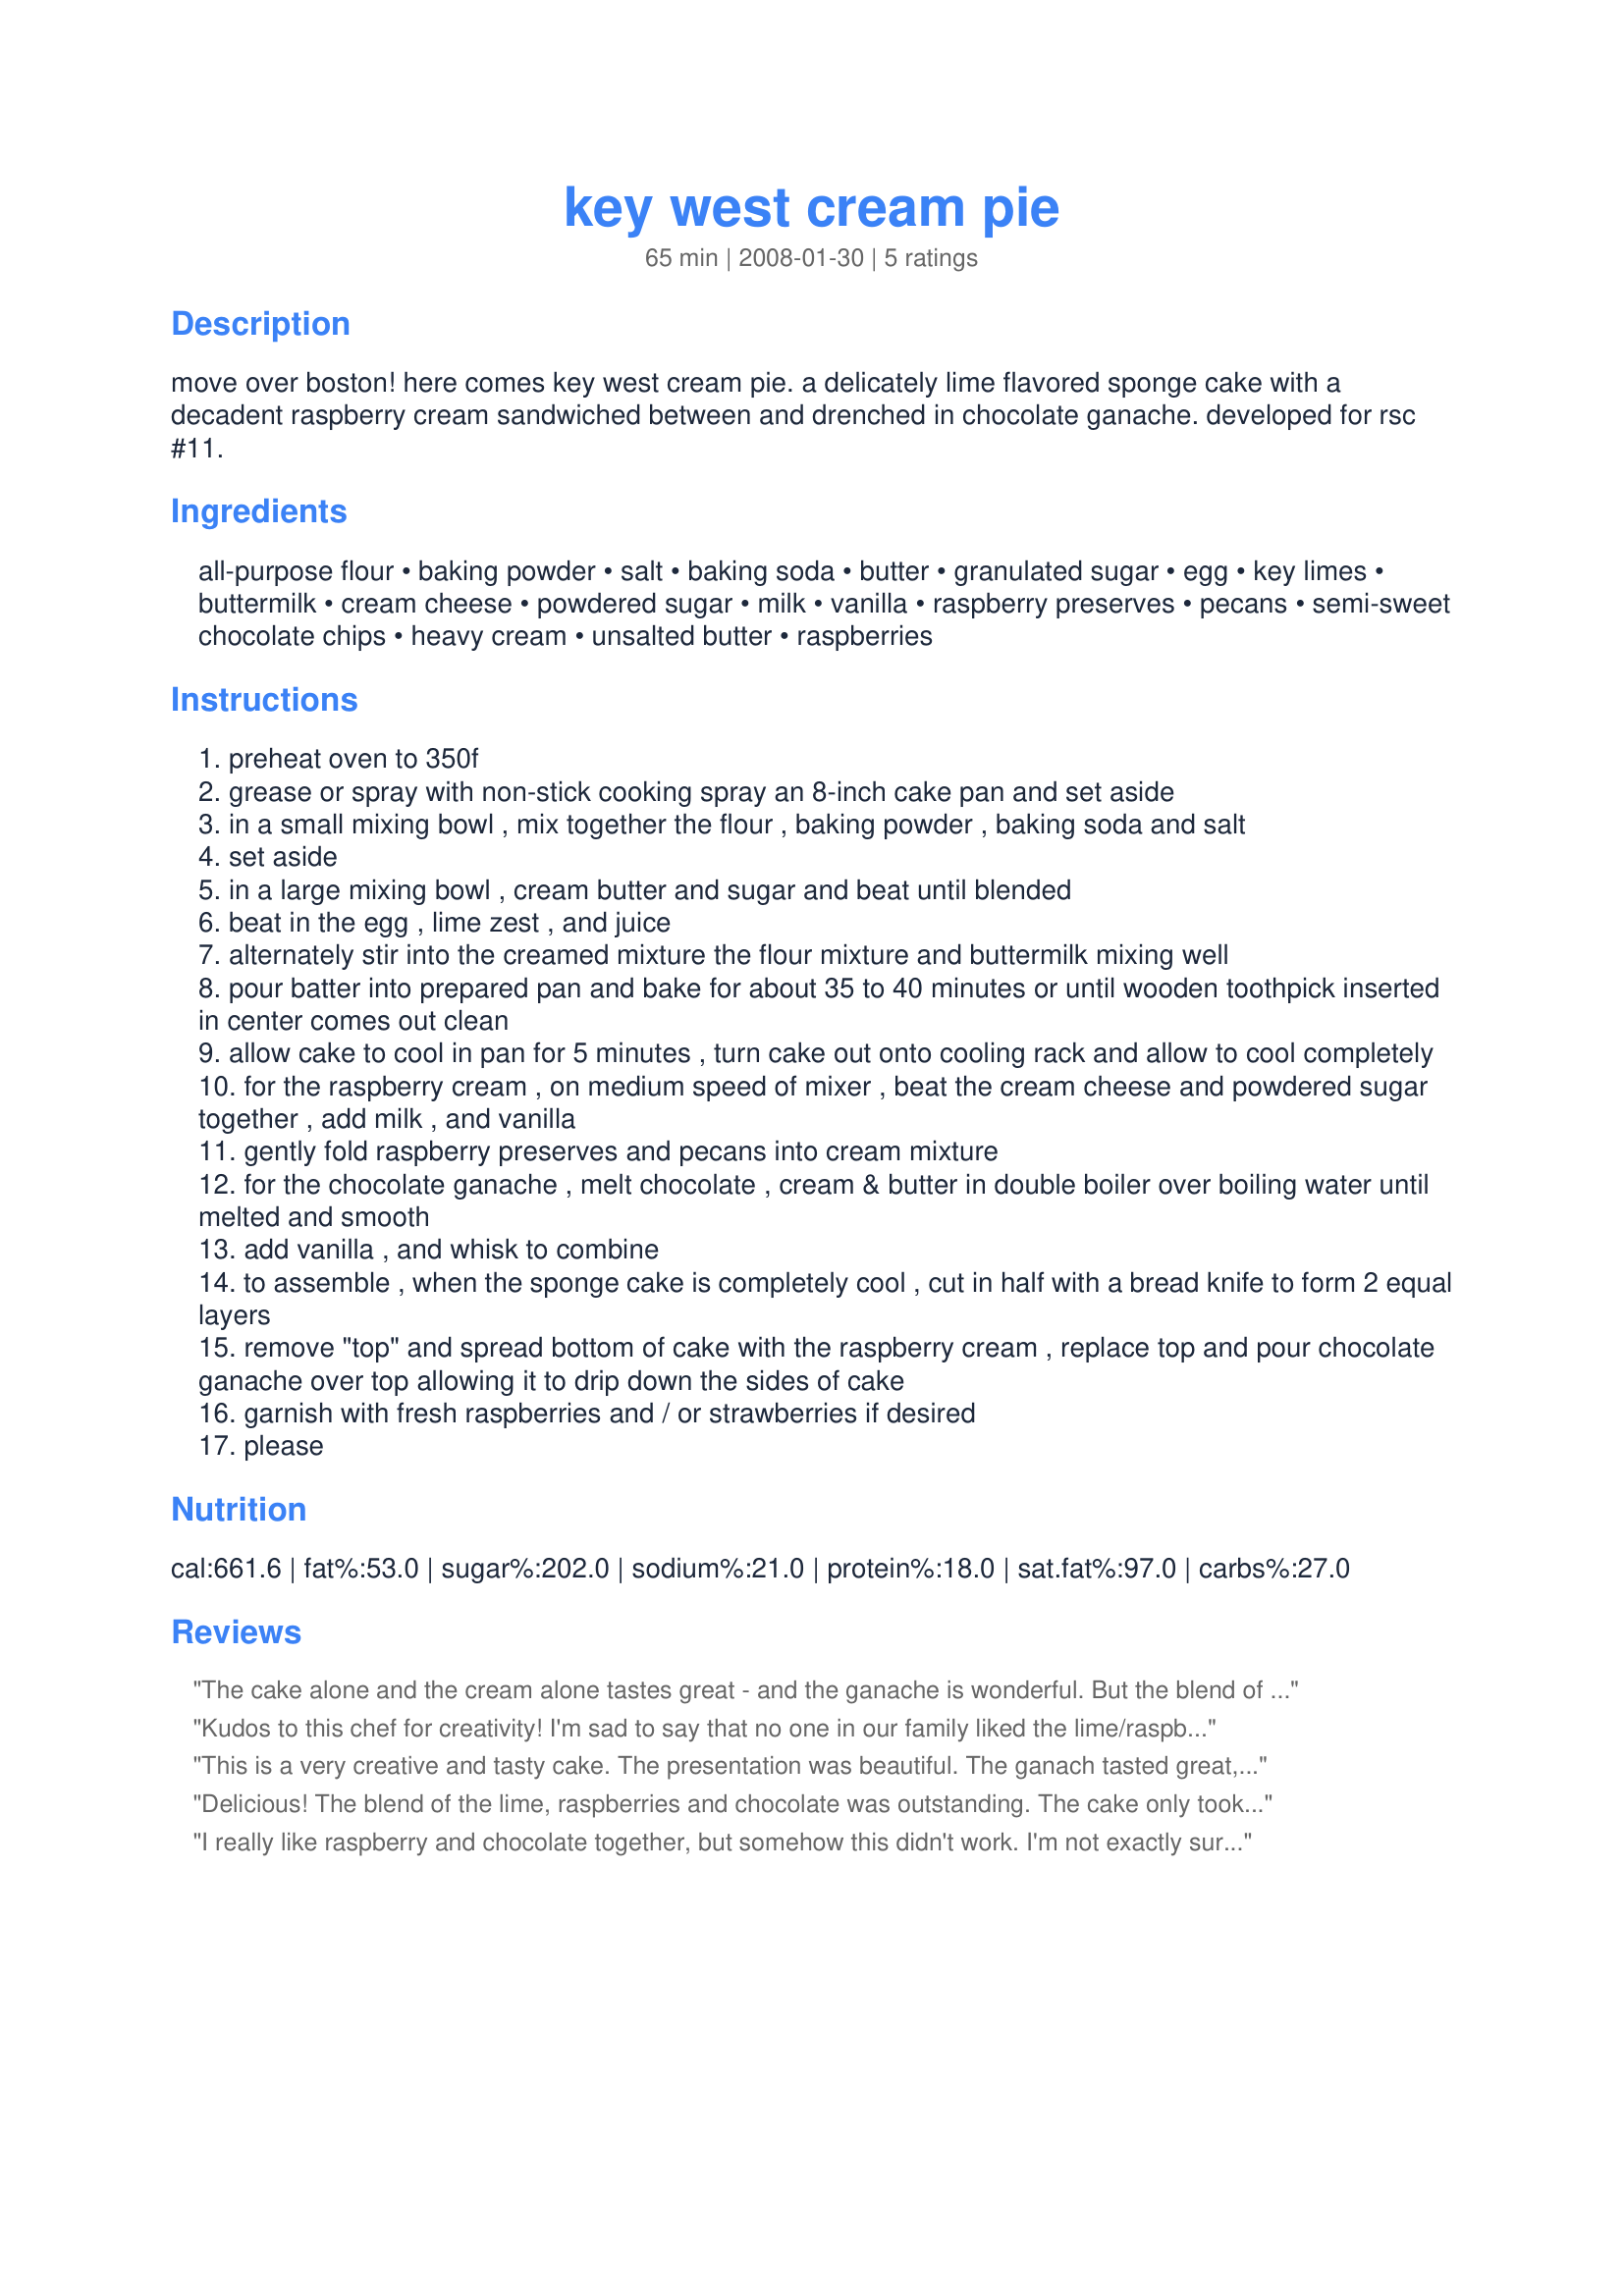
key west cream pie
Preparation time: 65 minutes

move over boston! here comes key west cream pie. a delicately lime flavored sponge cake with a decadent raspberry cream sandwiched between and drenched in chocolate ganache. developed for rsc #11.

Ingredients:
all-purpose flour, baking powder, salt, baking soda, butter, granulated sugar, egg, key limes, buttermilk, cream cheese, powdered sugar, milk, vanilla, raspberry preserves, pecans, semi-sweet chocolate chips, heavy cream, unsalted butter, raspberries

Steps:
preheat oven to 350f
grease or spray with non-stick cooking spray an 8-inch cake pan and set aside
in a small mixing bowl , mix together the flour , baking powder , baking soda and salt
set aside
in a large mixing bowl , cream butter and sugar and beat until blended
beat in the egg , lime zest , and juice
alternately stir into the creamed mixture the flour mixture and buttermilk mixing well
pour batter into prepared pan and bake for about 35 to 40 minutes or until wooden toothpick inserted in center comes out clean
allow cake to cool in pan for 5 minutes , turn cake out onto cooling rack and allow to cool completely
for the raspberry cream , on medium speed of mixer , beat the cream cheese and powdered sugar together , add milk , and vanilla
gently fold raspberry preserves and pecans into cream mixture
for the chocolate ganache , melt chocolate , cream & butter in double boiler over boiling water until melted and smooth
add vanilla , and whisk to combine
to assemble , when the sponge cake is completely cool , cut in half with a bread knife to form 2 equal layers
remove "top" and spread bottom of cake with the raspberry cream , replace top and pour chocolate ganache over top allowing it to drip down the sides of cake
garnish with fresh raspberries and / or strawberries if desired
please

Reviews:
The cake alone and the cream alone tastes great - and the ganache is wonderful. But the blend of the lime and raspberry just was not a good mix for hubby or I. Sorry. I think this would work beautifully with just a vanilla cake and the raspberry filling.
Kudos to this chef for creativity! I'm sad to say that no one in our family liked the lime/raspberry combination. But my very picky daughter, who wasn't here the first evening, tried a piece on day two and said "this isn't so bad." That peaked my curiosity so I tasted a bite and the lime flavor had receded quite a bit so the flavors weren't conflicting as much. If chef had chosen brandy extract rather than key lime as the cake flavoring (from the RSC ingredient list), I believe this would have been a winner. I also added some red food coloring as filling was a weak lavender color. Thank you for posting. Made for RSC, please see my rating system.
This is a very creative and tasty cake. The presentation was beautiful. The ganach tasted great, was thin and covered the cake well. The cake has a lovely subtle lime flavour, great texture, reminded me of sponge cake. The raspberry cheese filling was delicious. I thought that the instructions needed a little more clarification regarding the use of vanilla and pecans. An excellant use of contest ingredients, Good Luck.
Delicious! The blend of the lime, raspberries and chocolate was outstanding. The cake only took about 30 minutes in the oven instead of the 40. I left out the pecans due to family preference. It didn't stick around our house long. :) Thank you!
I really like raspberry and chocolate together, but somehow this didn't work. I'm not exactly sure why. The raspberry filling was somewhat tart, and the chocolate ganache was too semi-sweet. 3 out of 5 family members didn't care for it, which is very rare for any type of cake in my household. I will say though, on the second day, it was more popular.
In the ingredient list, pecans are noted, but the instructions don't say where to use them. Obviously, from the ingredient grouping, they should go with the raspberry cream. But, since the instructions never mentioned, I completely forgot to use them. Also, instructions mention vanilla in the raspberry cream, and it is not in the ingredient list.
